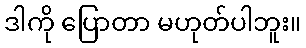
ဒါကို ပြောတာ မဟုတ်ပါဘူး။